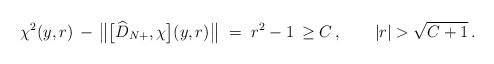
LaTeX: \begin{align*}\chi^2(y,r)\,-\,\big\|\big[\widehat{D}_{N+},\chi\big](y,r)\big\|\ =\ r^2-1\,\geq C\,,\qquad|r|>\sqrt{C+1}\,.\end{align*}